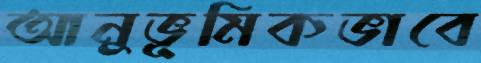
আনুভূমিকভাবে